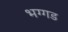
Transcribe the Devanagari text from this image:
भग्‍गड